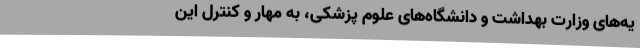
یه‌های وزارت بهداشت و دانشگاه‌های علوم پزشکی، به مهار و کنترل این